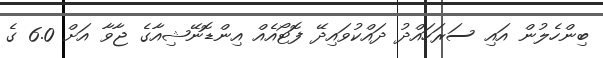
ބިންހެލުން އައި ސަރަހައްދު ދައްކުވައިދޭ ފޮޓޯއެއް އިންޑޮނޭޝިއާގެ ޖާވާ އަށް 6.0 ގެ